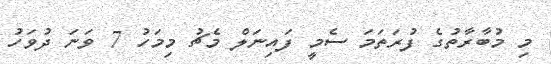
މި މުބާރާތުގެ ފުރަތަމަ ސެމީ ފައިނަލް މެޗު މިމަހު 7 ވަނަ ދުވަހު